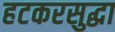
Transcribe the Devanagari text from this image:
हटकरसुद्धा